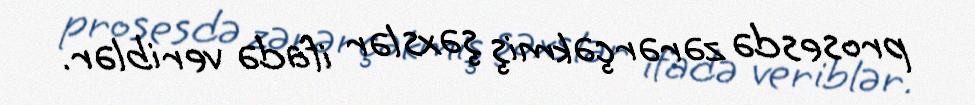
prosesdə zərərçəkmiş şəxslər ifadə veriblər.